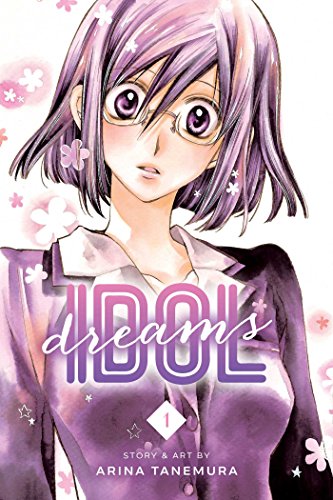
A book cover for Idol Dreams, Vol. 1; Arina Tanemura; Comics & Graphic Novels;